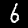
Label: 6